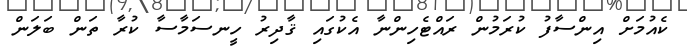
ކެއުމަށް އިންސާފު ކުރަމުން ރައްޓެހިންނާ އެކުގައި ޤާދިރު ހީނސަމާސާ ކުރާ ތަން ބަލަން